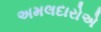
અમલદારોએ